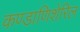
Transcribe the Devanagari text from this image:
कण्डाणिशेरिल